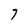
Character: 7